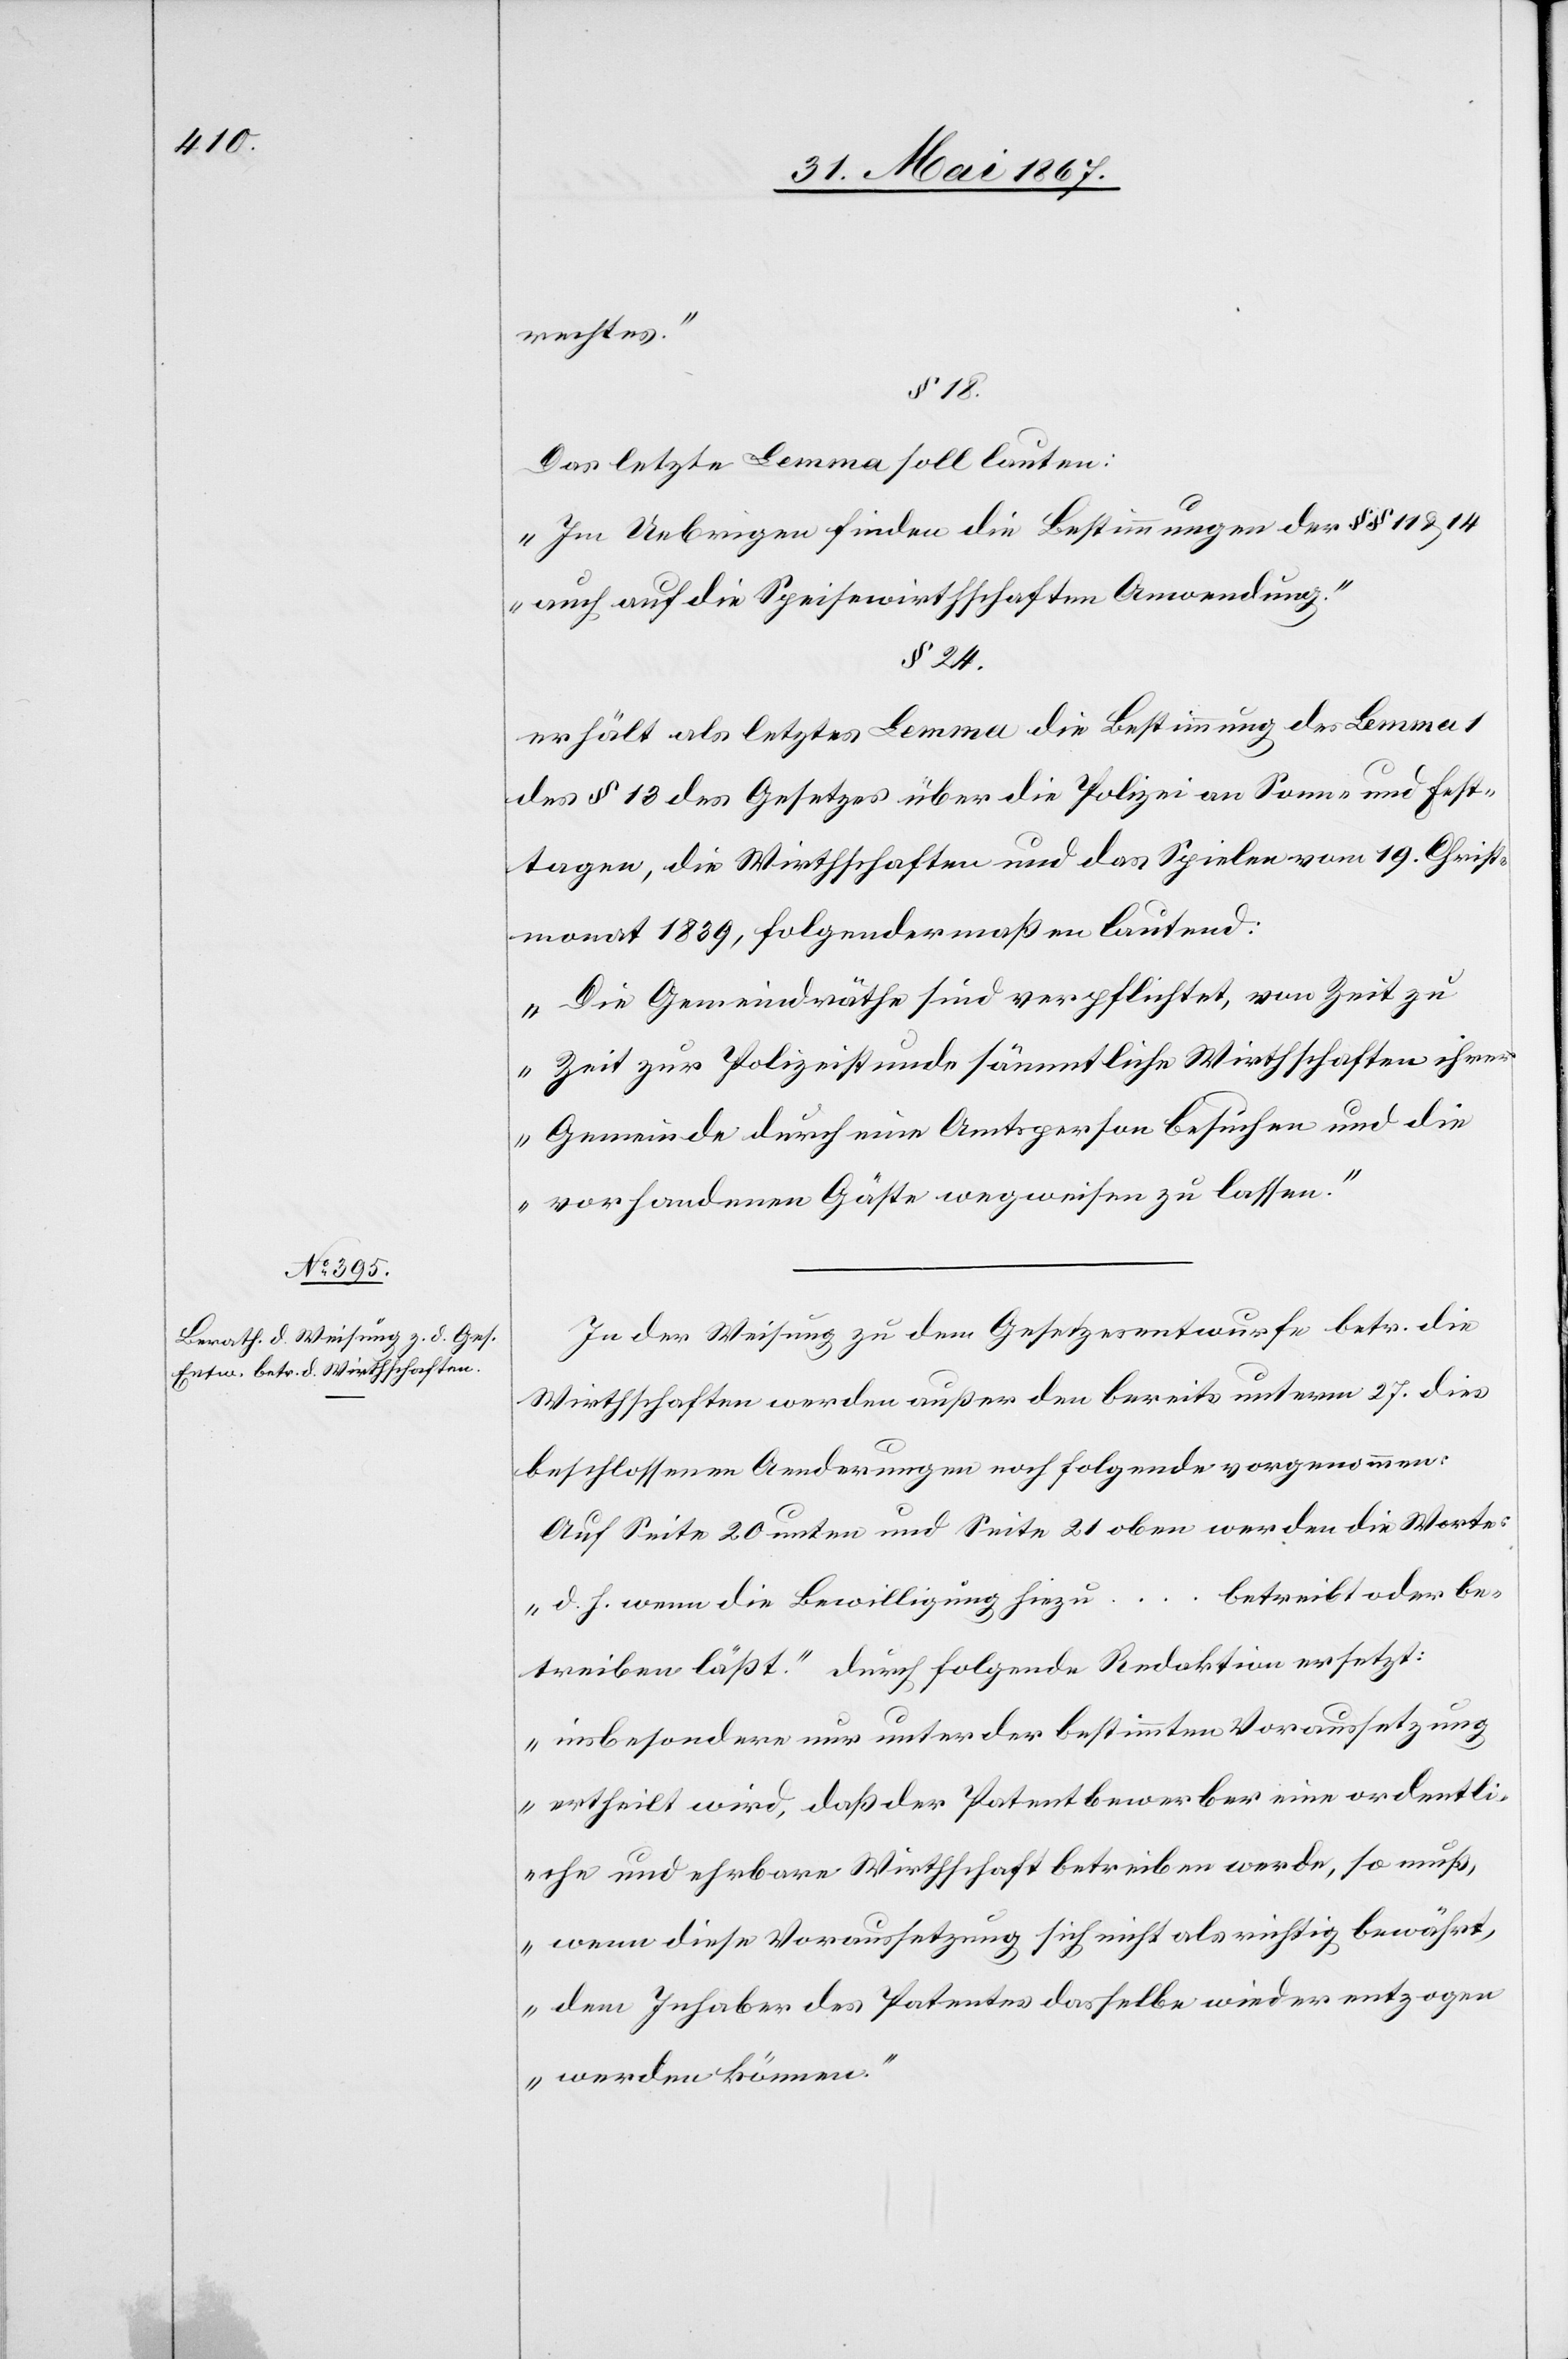
rechtes.“
§ 18.
Das letzte Lemma soll lauten:
„Im Uebrigen finden die Bestimmungen der §§ 11 u. 14
auch auf die Speisewirthschaften Anwendung.“
§ 24.
erhält als letztes Lemma die Bestimmung der Lemma 1
des § 13 des Gesetzes über die Polizei an Sonn- und Fest¬
tagen, die Wirthschaften und das Spielen vom 19. Christ¬
monat 1839, folgendermaßen lautend:
„Die Gemeindräthe sind verpflichtet, von Zeit zu
Zeit zur Polizeistunde sämmtliche Wirthschaften ihrer
Gemeinde durch eine Amtsperson besuchen und die
vorhandenen Gäste wegweisen zu lassen.“
In der Weisung zu dem Gesetzesentwurf betr. die
Wirthschaften werden außer den bereits unterm 23. dies
beschlossenen Aenderungen noch folgende vorgenommen:
Auf Seite 20 unten und Seite 21 oben werden die Worte.
betreibt oder be¬
„d. h. wenn die Bewilligung hiezu …
treiben läßt.“ durch folgende Redaktion ersetzt:
„insbesondere nur unter der bestimmten Voraussetzung
ertheilt wird, daß der Patentbewerber eine ordentli¬
che und ehrbare Wirthschaft betreiben werde, so muß,
wenn diese Voraussetzung sich nicht als richtig bewährt,
dem Inhaber des Patentes dasselbe wieder entzogen
werden können.“